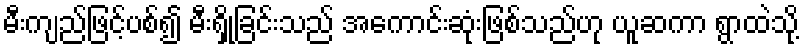
မီးကျည်ဖြင့်ပစ်၍ မီးရှို့ခြင်းသည် အကောင်းဆုံးဖြစ်သည်ဟု ယူဆကာ ရွာထဲသို့